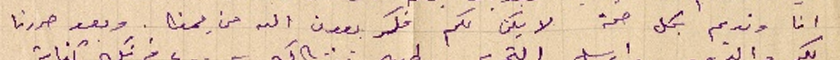
انا ونديم بكل صحة لا يكن لكم فكر بعون الله من يمنا. وبعد حررنا